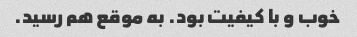
خوب و با کیفیت بود. به موقع هم رسید.